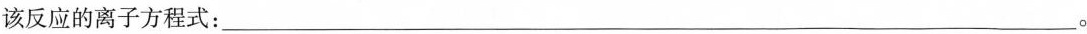
该反应的离子方程式：_____。